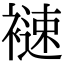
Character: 𧜦